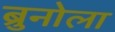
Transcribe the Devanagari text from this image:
ब्रुनोला